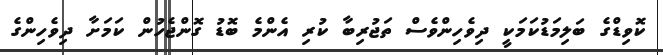
ކޮވިޑްގެ ބަލިމަޑުކަމަކީ ދިވެހިންވެސް ތަޖުރިބާ ކުރި އެންމެ ބޮޑު ގޮންޖެހުން ކަމަށާ ދިވެހިންގެ